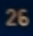
26